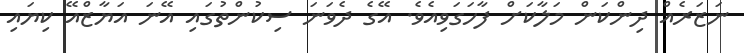
ނަޒަރެއް ދިންކަން މަލާކަށް ފާހަގަވިއެވެ. އޭގެ ދެވަނަ ސިކުންތުގައި އޭނަ އަޔާޒްއޭ ކިޔައި